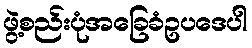
ဖွဲ့စည်းပုံအခြေခံဥပဒေပါ